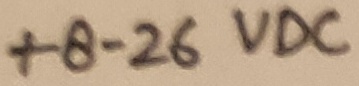
Text: +8-26VDC